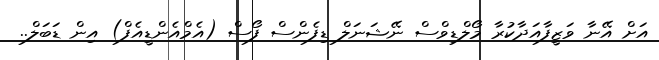
އަށް އޭނާ ވަޒީފާއަދާކުރާ މޯލްޑިވްސް ނޭޝަނަލް ޑިފެންސް ފޯސް (އެމްއެންޑީއެފް) އިން ޑަބަލް..